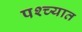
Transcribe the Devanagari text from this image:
पश्‍च्यात